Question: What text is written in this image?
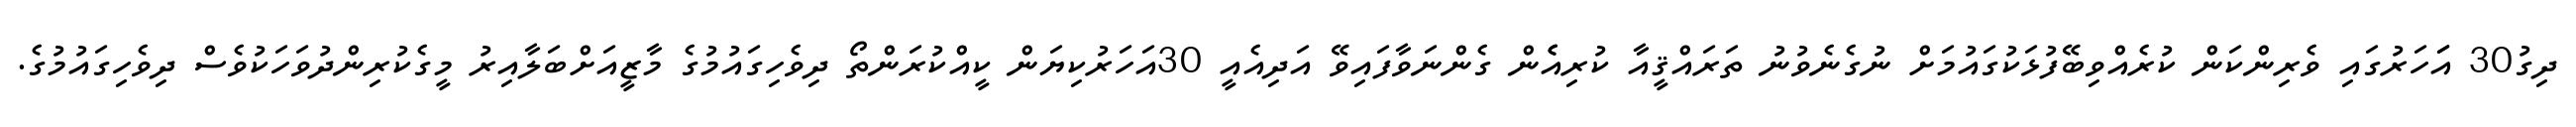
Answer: ދިގު30 އަަހަރުގައި ވެރިންކަން ކުރެއްވިބޭފުޅަކުގައުމަށް ނުގެނެވުނު ތަރައްޤީއާ ކުރިއެެން ގެންނަވާފައިވޭ އަދިއެއީ 30އަހަރުކިޔަން ކީއްކުރަންތޯ ދިވެހިގައުމުގެ މާޒީއަށްބަލާއިރު މީގެކުރިންދުވަހަކުވެސް ދިވެހިގައުމުގެ.